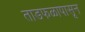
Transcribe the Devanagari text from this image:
ताडफळापासून